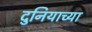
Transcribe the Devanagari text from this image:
दुनियाच्या